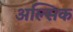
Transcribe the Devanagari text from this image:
अल्सिक